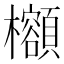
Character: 𪴣